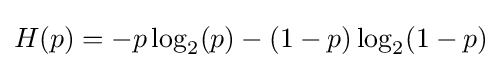
H(p)=-p\log _{2}(p)-(1-p)\log _{2}(1-p)